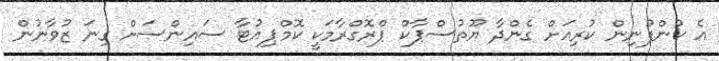
އެ ކުންފުނިން ކުރިއަށް ގެންދާ ޔޫތުސްޕާކް ޕްރޮގްރާމަކީ ކޮމްޕިއުޓާ ސައިންސަށް ގިނަ ޒުވާނުން